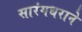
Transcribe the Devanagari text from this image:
सारंगधराने